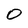
Character: 0